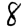
Digit: 8